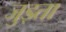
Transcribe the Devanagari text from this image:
जुड्ता